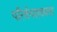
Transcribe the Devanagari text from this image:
परिर्वनशक्यता